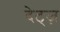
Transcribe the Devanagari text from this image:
देट्ज़